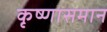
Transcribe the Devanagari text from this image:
कृष्णासमान